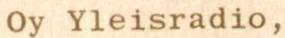
Oy Yleisradio,